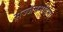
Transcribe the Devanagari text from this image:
सज्जनमहिमा